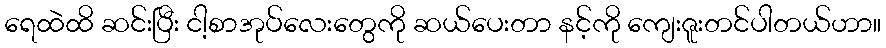
ရေထဲထိ ဆင်းပြီး ငါ့စာအုပ်လေးတွေကို ဆယ်ပေးတာ နင့်ကို ကျေးဇူးတင်ပါတယ်ဟာ။